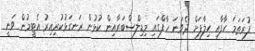
ފުރަތަމަ ހާފާއި ހިލާފަށް ދެވަނަ ހާފްގައި މިޑިލްސްބަރާއިން ކުޅުން ރަނގަޅުކުރިއިރު އެޓީމުން ވަނީ